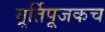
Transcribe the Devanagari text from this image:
मूर्तिपूजकच